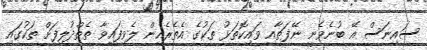
ސައިނަސް އޭ ބުނެވެނީ ނޭފަތާއި ވައިކޮތަޅު ތަކުގެ އެތެރެއިން ލެވިފައިވާ ތެތްދުލިފަށް ތަކުގައި